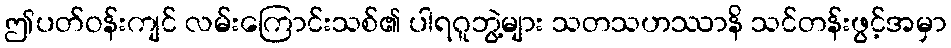
ဤပတ်ဝန်းကျင် လမ်းကြောင်းသစ်၏ ပါရဂူဘွဲ့များ သတသဟဿာနိ သင်တန်းဖွင့်အမှာ